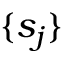
\{ s _ { j } \}